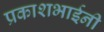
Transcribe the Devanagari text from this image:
प्रकाशभाईनी